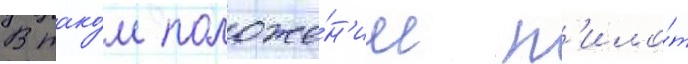
В тако́м положе́н'ии п'ило́т